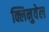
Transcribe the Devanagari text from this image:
क्लिनुवेल